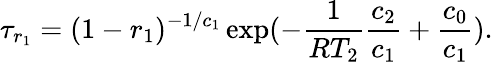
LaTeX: \tau_{r_{1}}=(1-r_{1})^{-1/c_{1}}\exp(-\frac{1}{RT_{2}}\frac{c_{2}}{c_{1}}+\frac{c_{0}}{c_{1}}).